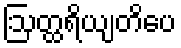
ဩတ္ထရိယျတိပေ